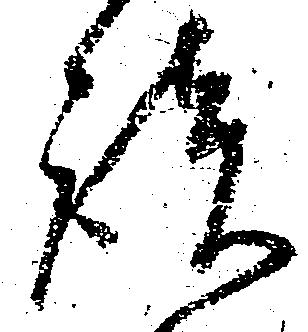
談